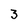
Character: 3